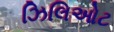
ઝિલિઓટ